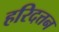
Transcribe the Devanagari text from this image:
हरिदत्तन